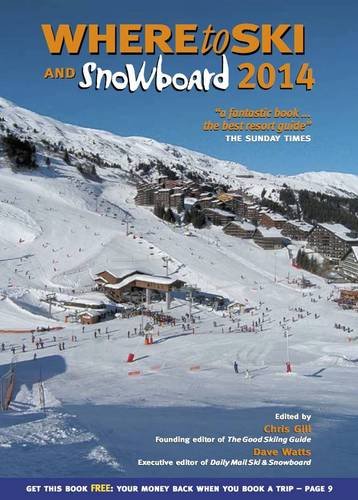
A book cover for Where to Ski & Snowboard 2014; Chris Gill; Sports & Outdoors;